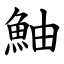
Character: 鮋